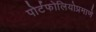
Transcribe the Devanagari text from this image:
पोर्टफोलियोप्रमाणे